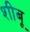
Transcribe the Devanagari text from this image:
शीबू